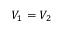
V _ { 1 } = V _ { 2 }